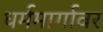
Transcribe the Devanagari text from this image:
धर्ममार्गावर